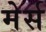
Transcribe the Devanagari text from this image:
मेर्स